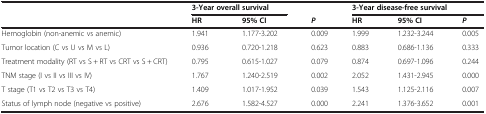
| <ROWSPAN=2>  | <COLSPAN=2> 3-Year overall survival |  | <COLSPAN=3> 3-Year disease-free survival |
 | HR | 95% CI | P | HR | 95% CI | P |
 | --- | --- | --- | --- | --- | --- | --- |
 | Hemoglobin (non-anemic vs anemic) | 1.941 | 1.177-3.202 | 0.009 | 1.999 | 1.232-3.244 | 0.005 |
 | Tumor location (C vs U vs M vs L) | 0.936 | 0.720-1.218 | 0.623 | 0.883 | 0.686-1.136 | 0.333 |
 | Treatment modality (RT vs S + RT vs CRT vs S + CRT) | 0.795 | 0.615-1.027 | 0.079 | 0.874 | 0.697-1.096 | 0.244 |
 | TNM stage (I vs II vs III vs IV) | 1.767 | 1.240-2.519 | 0.002 | 2.052 | 1.431-2.945 | 0.000 |
 | T stage (T1 vs T2 vs T3 vs T4) | 1.409 | 1.017-1.952 | 0.039 | 1.543 | 1.125-2.116 | 0.007 |
 | Status of lymph node (negative vs positive) | 2.676 | 1.582-4.527 | 0.000 | 2.241 | 1.376-3.652 | 0.001 |